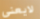
لايعني